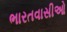
ભારતવાસીઓ